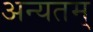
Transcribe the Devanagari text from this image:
अन्यतम्